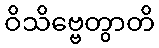
ဝိသိဗ္ဗေတွာတိ